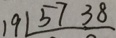
1 9 1 5 7 3 8